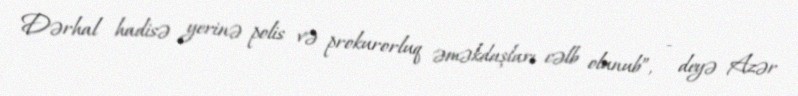
Dərhal hadisə yerinə polis və prokurorluq əməkdaşları cəlb olunub”, - deyə Azər